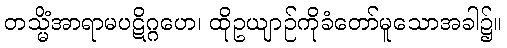
တသ္မိံအာရာမပဋိဂ္ဂဟေ၊ ထိုဥယျာဉ်ကိုခံတော်မူသောအခါ၌။